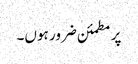
پر مطمئن ضرور ہوں۔